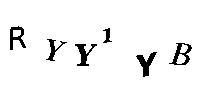
RYY1YB